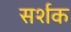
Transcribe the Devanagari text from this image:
सर्शक